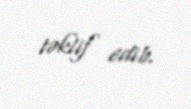
təklif edib.